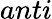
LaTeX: anti